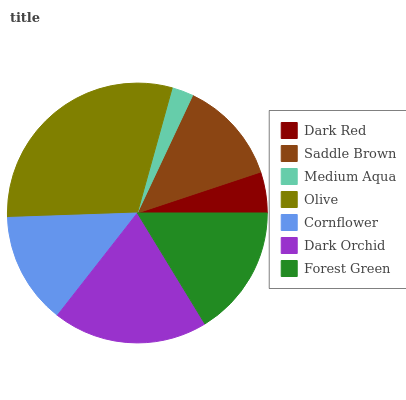
| Dark Red | Saddle Brown | Medium Aqua | Olive | Cornflower | Dark Orchid | Forest Green |
 | --- | --- | --- | --- | --- | --- | --- |
 | 5.11% | 12.9% | 2.67% | 29.9% | 13.9% | 19.3% | 16.2% |